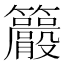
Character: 𥸇